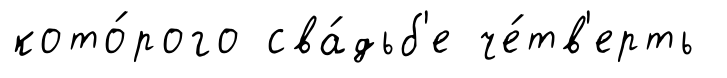
кото́рого сва́дьб'е че́тв'ерть